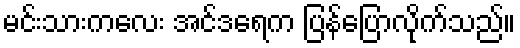
မင်းသားကလေး အင်ဒရေက ပြန်ပြောလိုက်သည်။